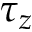
\tau _ { z }